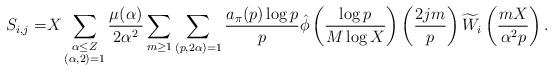
LaTeX: \begin{align*} S_{i,j} =& X \sum_{\substack { \alpha \leq Z \\ (\alpha, 2)=1}}\frac{\mu(\alpha)}{2\alpha^2} \sum_{m \geq 1} \sum_{\substack{(p,2\alpha)=1}} \frac {a_{\pi}(p)\log p}{p} \hat{\phi} \left( \frac {\log p}{M\log X} \right) \left( \frac{2jm}{p} \right) \widetilde{W}_{i}\left(\frac{mX}{\alpha^2p} \right).\end{align*}